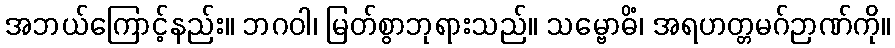
အဘယ်ကြောင့်နည်း။ ဘဂဝါ၊ မြတ်စွာဘုရားသည်။ သမ္ဗောဓိံ၊ အရဟတ္တမဂ်ဉာဏ်ကို။